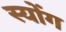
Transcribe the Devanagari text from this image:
स्योंग